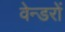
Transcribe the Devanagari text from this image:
वेन्डरों